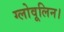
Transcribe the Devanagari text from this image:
ग्लोवूलिन।